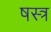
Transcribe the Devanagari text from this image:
षस्त्र